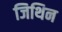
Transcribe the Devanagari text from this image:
जिथिन